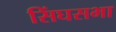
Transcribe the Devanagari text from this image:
सिंघसभा